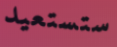
ستستعيد